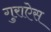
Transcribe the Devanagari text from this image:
गुराऐस